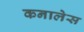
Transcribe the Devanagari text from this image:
कनालेस